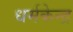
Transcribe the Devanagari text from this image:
धर्मकेन्द्र